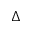
\Delta